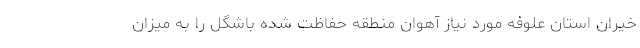
خیران استان علوفه مورد نیاز آهوان منطقه حفاظت شده باشگل را به میزان